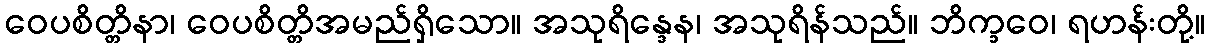
ဝေပစိတ္တိနာ၊ ဝေပစိတ္တိအမည်ရှိသော။ အသုရိန္ဒေန၊ အသုရိန်သည်။ ဘိက္ခဝေ၊ ရဟန်းတို့။